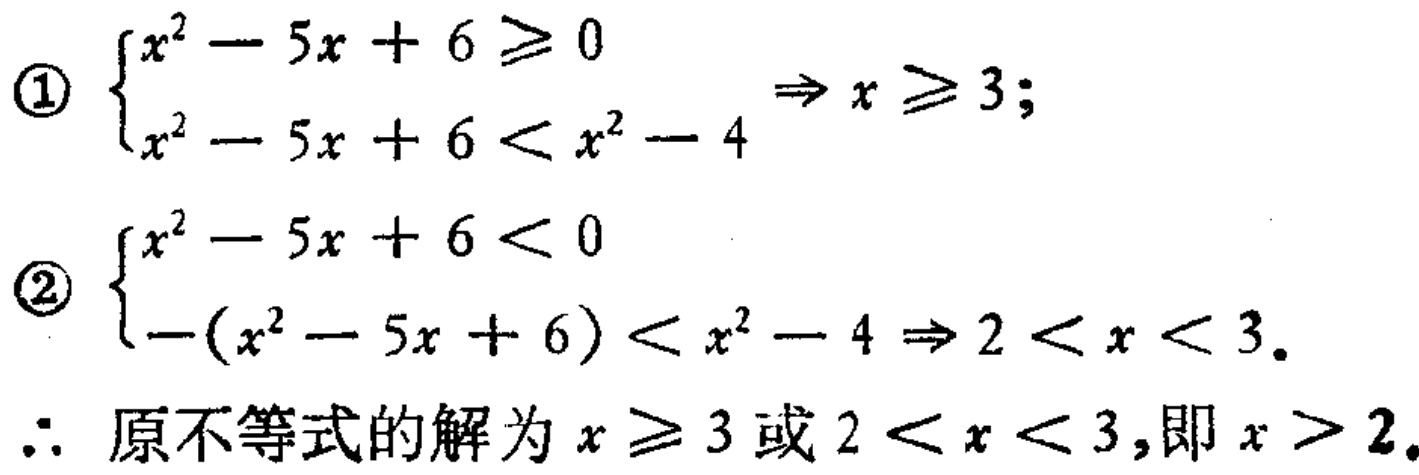
\textcircled{1} $\begin{cases}
x^{2}-5x + 6\geq0 \\
x^{2}-5x + 6<x^{2}-4
\end{cases}\Rightarrow x\geq3$;
\textcircled{2} $\begin{cases}
x^{2}-5x + 6<0 \\
-(x^{2}-5x + 6)<x^{2}-4
\end{cases}\Rightarrow 2<x<3$.
$\therefore$ 原不等式的解为 $x\geq3$ 或 $2<x<3$,即 $x>2$.